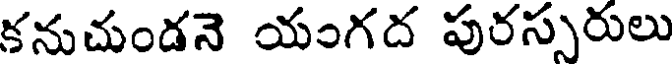
కనుచుండనె యంగద పురస్సరులు